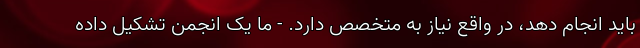
باید انجام دهد، در واقع نیاز به متخصص دارد. - ما یک انجمن تشکیل داده